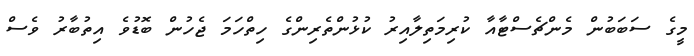
މީގެ ސަބަބުން މެންޗެސްޓާއާ ކުރިމަތިލާއިރު ކުޅުންތެރިންގެ ހިތްހަމަ ޖެހުން ބޮޑުވެ އިތުބާރު ވެސް